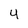
Character: 4